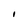
Character: l